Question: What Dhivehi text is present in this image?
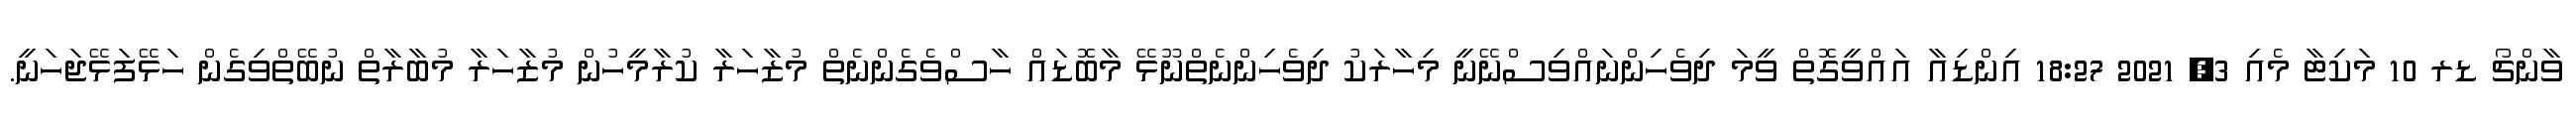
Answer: ވާންޗޯ ޑރ 10 މަކިޓާ މެއި 3, 2021 18:27 އިންޑިއާ އައްވީގޮތް ވީމަ ދިވެހިންނައްވިސްނޭނީ މިހާރަކު ދިވެހިންނެތްނޫޅޭ މާބޮޑައް ހާސްވެގެންނެތް މުޒާހަރާ ކުރާމީހުން މުޒާހަރާ މުބާރާތް ނުބޭތްވިގެން ހަޅޭފަޅޭޖަހަނީ.